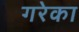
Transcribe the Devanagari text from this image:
गरेका